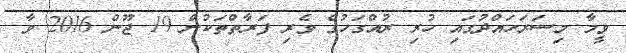
ވީމާ މިސަރަހައްދުގައި ހުރި ރުއްގަހުގެ ވެރި ފަރާތްތަކުން 19 ޖޫން 2016 ވާ